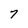
Character: 7